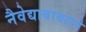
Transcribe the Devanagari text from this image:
नैवेद्याबाबतचे